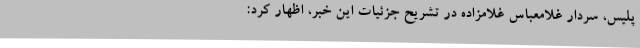
پلیس، سردار غلامعباس غلامزاده در تشریح جزئیات این خبر، اظهار کرد: